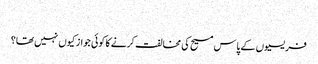
‏
فریسیوں کے پاس مسیح کی مخالفت کرنے کا کوئی جواز کیوں نہیں تھا؟